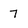
Character: 7